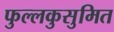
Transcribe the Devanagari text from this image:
फुल्लकुसुमित